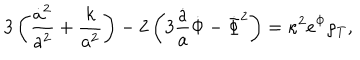
LaTeX: 3 \left( \frac { \dot { a } ^ { 2 } } { a ^ { 2 } } + \frac { k } { a ^ { 2 } } \right) - 2 \left( 3 \frac { \dot { a } } { a } \dot { \Phi } - \dot { \Phi } ^ { 2 } \right) = \kappa ^ { 2 } e ^ { \Phi } \rho _ { T } ,